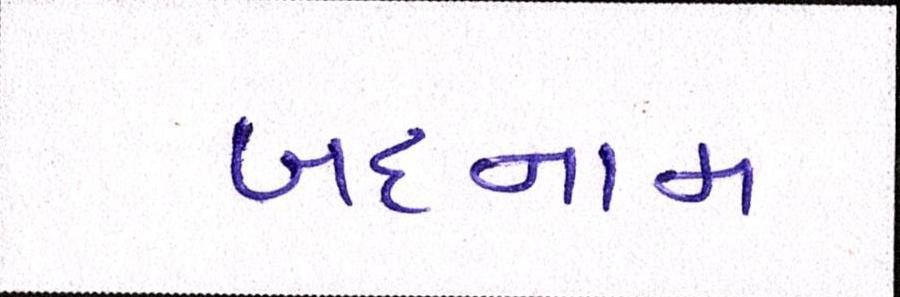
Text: બદનામ